Scientific memoirs by medical officers of the Army of India - Part XII,
Year: 1901
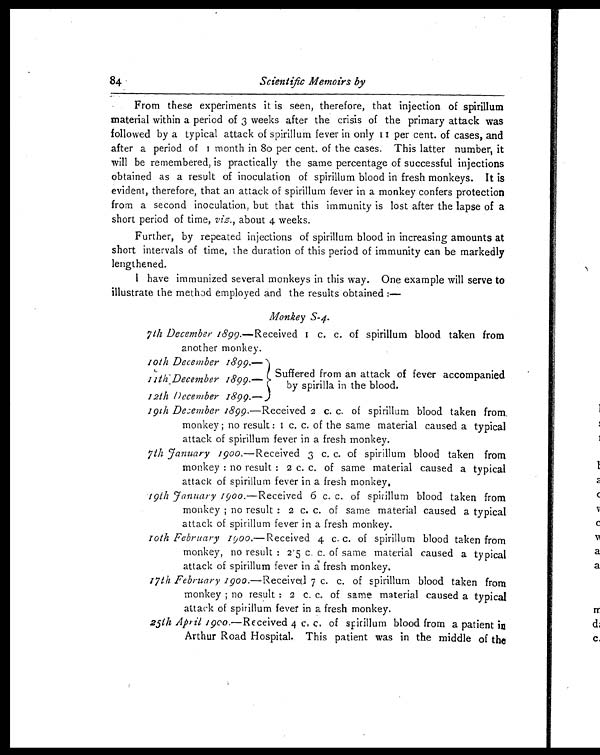
84
Scientific Memoirs by
From these experiments it is seen, therefore, that injection of spirillum
material within a period of 3 weeks after the crisis of the primary attack was
followed by a typical attack of spirillum fever in only 11 per cent. of cases, and
af t er a per i od of 1 mont h i n 80 per cent . of t he cases. Thi s l at t er number , i t
will be remembered, is practically the same percentage of successful injections
obtained as a result of inoculation of spirillum blood in fresh monkeys. It is
evident, therefore, that an attack of spirillum fever in a monkey confers protection
from a second inoculation, but that this immunity is lost after the lapse of a
short period of time, viz., about 4 weeks.
Further, by repeated injections of spirillum blood in increasing amounts at
short intervals of time, the duration of this period of immunity can be markedly
lengthened.
I have immunized several monkeys in this way. One example will serve to
illustrate the method employed and the results obtained :—
Monkey S-4.
7th December 1899. —Received 1 c. c. of spirillum blood taken from
another monkey.
10th December 1899. —
Suffered from an attack of fever accompanied
by spirilla in the blood.
11th December 1899. —
12th December 1899. —
19th December 1899. —Received 2 c . c. of spirillum blood taken from
monkey ; no resul t : 1 c. c. of t he same mat eri al caused a t ypi cal
attack of spirillum fever in a fresh monkey.
7t h January 1900.— R e c e i v e d 3 c . c . o f s p i r i l l u m b l o o d t a k e n f r o m
monkey : no result : 2 c. c. of same material caused a typical
attack of spirillum fever in a fresh monkey.
19th January 1900. —Received 6 c. c. of spirillum blood taken from
monkey ; no result : 2 c. c. of same material caused a typical
attack of spirillum fever in a fresh monkey.
1 0 t h F e b r u a r y 1 9 0 0 .
— R e c e i v e d 4
c . c . o f s p i r i l l u m b l o o d t a k e n f r o m
monkey, no result : 2.5 c. c. of same material caused a typical
attack of spirillum fever in a fresh monkey.
I7th February 1900.—Received 7 c. c. of spirillum blood taken from
monkey ; no result : 2 c. c. of same material caused a typical
attack of spirillum fever in a fresh monkey.
25th April 1900.—Received 4 c. c. of spirillum blood from a patient in
Arthur Road Hospital. This patient was in the middle of the